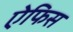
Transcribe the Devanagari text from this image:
ऐफिस